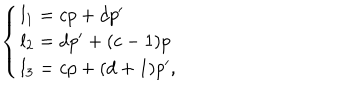
\left\{ \begin{array} { l } { { l _ { 1 } = c p + d p ^ { \prime } } } \\ { { l _ { 2 } = d p ^ { \prime } + ( c - 1 ) p } } \\ { { l _ { 3 } = c p + ( d + 1 ) p ^ { \prime } , } } \\ \end{array} \right.